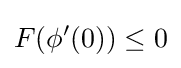
F(\phi '(0))\leq 0